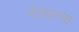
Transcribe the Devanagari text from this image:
गोत्रहत्या